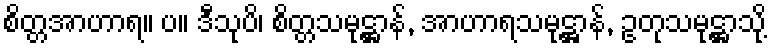
စိတ္တအာဟာရ။ ပ။ ဒီသုပိ၊ စိတ္တသမုဋ္ဌာန်, အာဟာရသမုဋ္ဌာန်, ဥတုသမုဋ္ဌာသို့